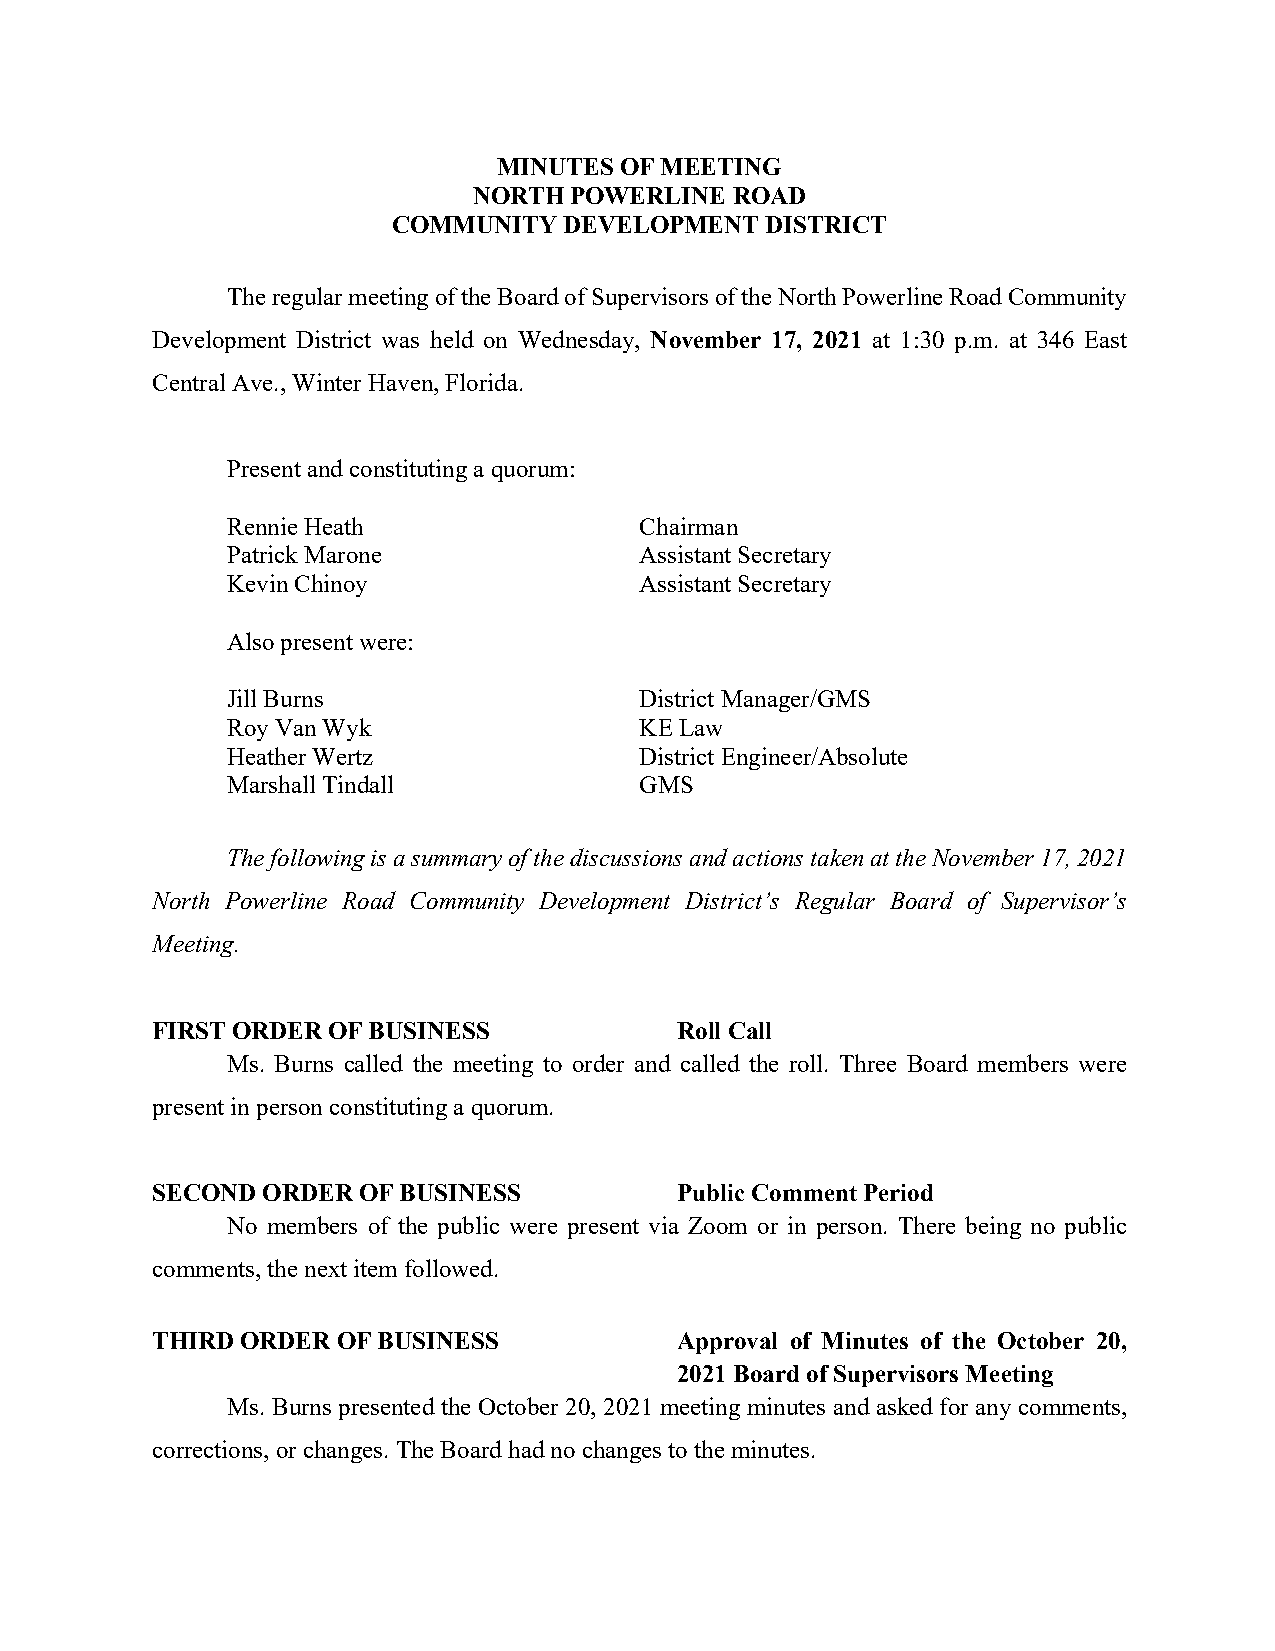
MINUTES OF MEETING
 NORTH  POWERLINE  ROAD
 COMMUNITY  DEVELOPMENT   DISTRICT
 The regular meeting of the Board of Supervisors of the North Powerline Road Community
 Development District was held on Wednesday, November 17, 2021 at 1:30 p.m. at 346 East
 Central Ave., Winter Haven, Florida.
 Present and constituting a quorum:
 Rennie Heath               Chairman
 Patrick Marone             Assistant Secretary
 Kevin Chinoy               Assistant Secretary
 Also present were:
 Jill Burns                 District Manager/GMS
 Roy Van Wyk                KE Law
 Heather Wertz              District Engineer/Absolute
 Marshall Tindall           GMS
 The following is a summary of the discussions and actions taken at the November 17, 2021
 North Powerline Road Community Development District’s Regular Board of Supervisor’s
 Meeting.
 FIRST ORDER OF BUSINESS            Roll Call
 Ms. Burns called the meeting to order and called the roll. Three Board members were
 present in person constituting a quorum.
 SECOND ORDER  OF BUSINESS          Public Comment Period
 No members of the public were present via Zoom or in person. There being no public
 comments, the next item followed.
 THIRD ORDER OF BUSINESS            Approval of Minutes of the October 20,
 2021 Board of Supervisors Meeting
 Ms. Burns presented the October 20, 2021 meeting minutes and asked for any comments,
 corrections, or changes. The Board had no changes to the minutes.